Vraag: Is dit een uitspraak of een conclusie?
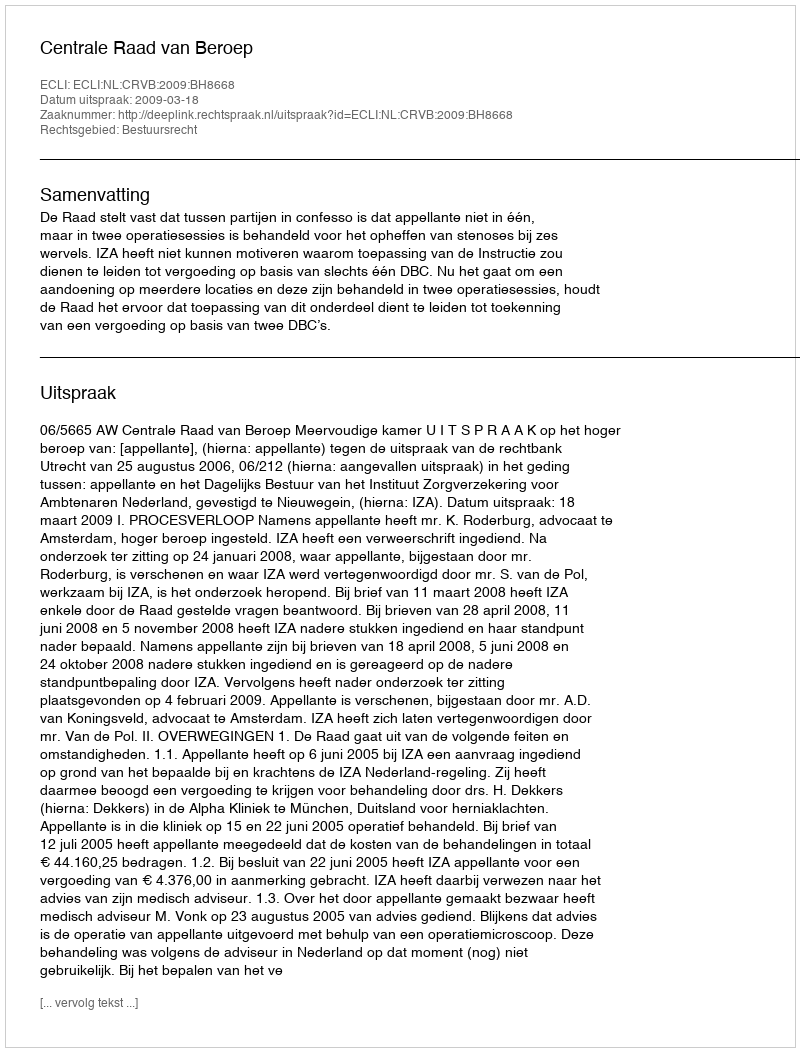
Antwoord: Uitspraak